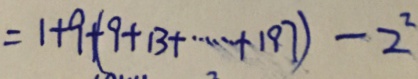
= 1 + 9 + ( 9 + 1 3 + \cdots + 1 9 7 ) - 2 ^ { 2 }